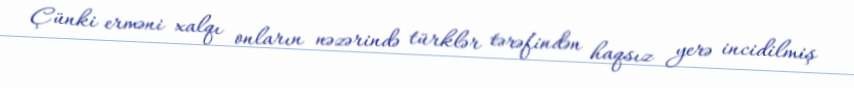
Çünki erməni xalqı onların nəzərində türklər tərəfindən haqsız yerə incidilmiş